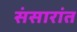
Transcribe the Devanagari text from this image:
संसारांत